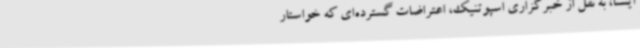
ایسنا، به نقل از خبرگزاری اسپوتنیک، اعتراضات گسترده‌ای که خواستار